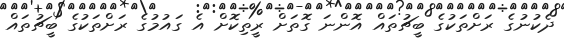
ދެކުނުގެ ރަށްތަކުގެ ބީޗުތައް އޮންނަ ގޮތަށް ރީތިކޮށް އެ ގައުމުގެ ރަށްތަކުގެ ބީޗުތައް